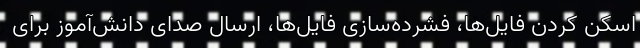
اسکن کردن فایل‌ها، فشرده‌سازی فایل‌ها، ارسال صدای دانش‌آموز برای